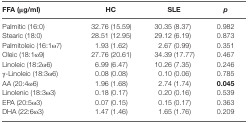
| FFA (μg/ml) | HC | SLE | p |
 | --- | --- | --- | --- |
 | Palmitic (16:0) | 32.76 (15.59) | 30.35 (8.37) | 0.982 |
 | Stearic (18:0) | 28.51 (12.95) | 29.12 (6.19) | 0.873 |
 | Palmitoleic (16:1ω7) | 1.93 (1.62) | 2.67 (0.99) | 0.351 |
 | Oleic (18:1ω9) | 27.76 (20.61) | 34.39 (17.77) | 0.467 |
 | Linoleic (18:2ω6) | 6.99 (6.47) | 10.26 (7.35) | 0.246 |
 | γ-Linoleic (18:3ω6) | 0.08 (0.08) | 0.10 (0.06) | 0.785 |
 | AA (20:4ω6) | 1.96 (1.68) | 2.74 (1.74) | 0.045 |
 | Linolenic (18:3ω3) | 0.18 (0.17) | 0.20 (0.16) | 0.539 |
 | EPA (20:5ω3) | 0.07 (0.15) | 0.15 (0.17) | 0.363 |
 | DHA (22:6ω3) | 1.47 (1.46) | 1.65 (1.76) | 0.209 |